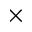
\times